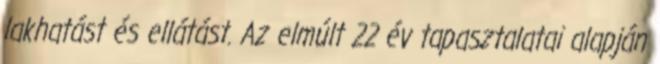
lakhatást és ellátást. Az elmúlt 22 év tapasztalatai alapján